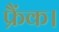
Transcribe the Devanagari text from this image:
फ्रैंक।